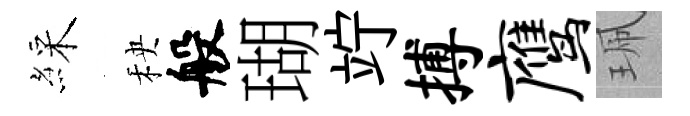
綵秧般瑚竚搏鹰珮